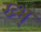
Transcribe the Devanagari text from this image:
ख्भ्